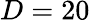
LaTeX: D=20